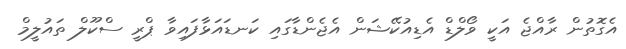
އެގޮތުން ރާއްޖެ އަކީ ވޯލްޑް އެޑިއުކޭޝަން އެޖެންޑާގައި ކަނޑައަޅާފައިވާ ޕްރީ ސްކޫލް ތައުލީމް